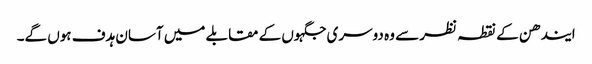
ایندھن کے نقطہ نظر سے وہ دوسری جگہوں کے مقابلے میں آسان ہدف ہوں گے۔